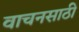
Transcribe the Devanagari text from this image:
वाचनसाठी